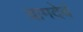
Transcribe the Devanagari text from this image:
वामदेवं